Scottish Leaving Certificate Examination, 1957
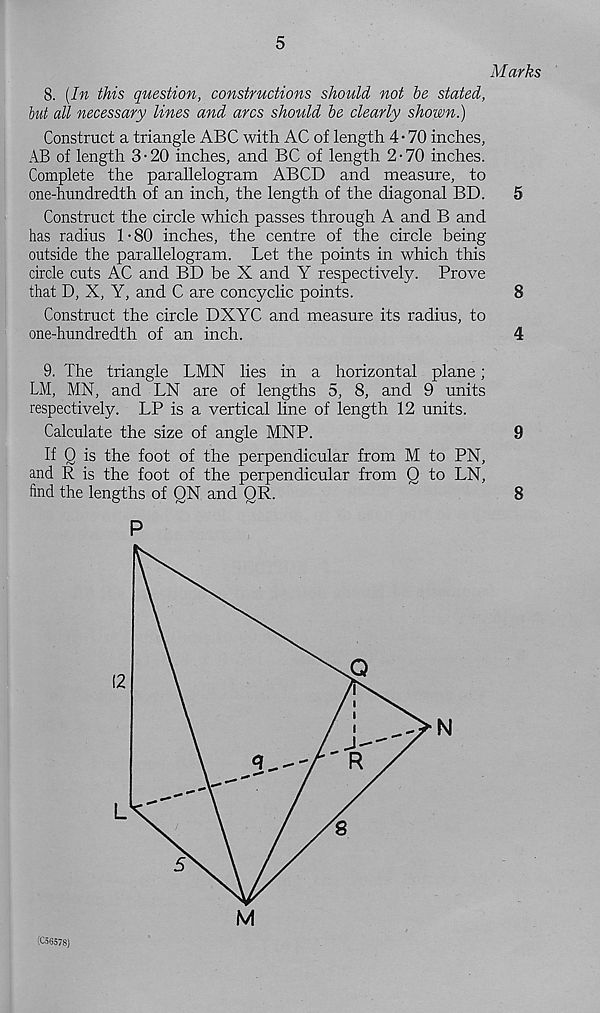
5
Marks
8. [In this question, constructions should not be stated,
hut all necessary lines and arcs should be clearly shown.)
Construct a triangle ABC with AC of length 4- 70 inches,
AB of length 3-20 inches, and BC of length 2-70 inches.
Complete the parallelogram ABCD and measure, to
one-hundredth of an inch, the length of the diagonal BD.
5
Construct the circle which passes through A and B and
has radius 1 • 80 inches, the centre of the circle being
outside the parallelogram. Let the points in which this
circle cuts AC and BD be X and Y respectively. Prove
that D, X, Y, and C are concyclic points.
8
Construct the circle DXYC and measure its radius, to
one-hundredth of an inch.
4
9. The triangle LMN lies in a horizontal plane;
LM, MN, and LN are of lengths 5, 8, and 9 units
respectively. LP is a vertical line of length 12 units.
Calculate the size of angle MNP.
9
If Q is the foot of the perpendicular from M to PN,
and R is the foot of the perpendicular from Q to LN,
find the lengths of QN and QR.
8
P
■ C56578)